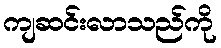
ကျဆင်းလာသည်ကို